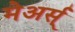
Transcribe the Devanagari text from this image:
मेअर्स्